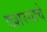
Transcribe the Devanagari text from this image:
दशरथाचे